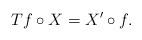
LaTeX: \begin{align*}Tf \circ X =X' \circ f.\end{align*}